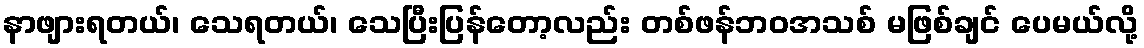
နာဖျားရတယ်၊ သေရတယ်၊ သေပြီးပြန်တော့လည်း တစ်ဖန်ဘဝအသစ် မဖြစ်ချင် ပေမယ်လို့